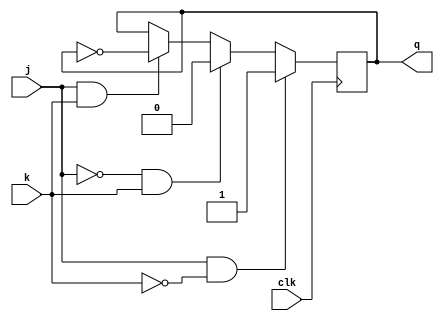
module t_ff (
    input clk,
    input j,
    input k,
    output reg q
);

always @(posedge clk) begin
    if (j && !k)
        q <= 1;
    else if (!j && k)
        q <= 0;
    else if (j && k)
        q <= ~q;
end

endmodule